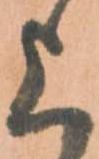
上